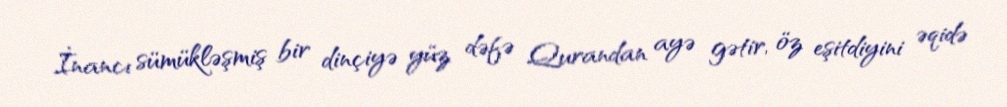
İnancı sümükləşmiş bir dinçiyə yüz dəfə Qurandan ayə gətir, öz eşitdiyini əqidə